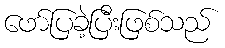
ဖော်ပြခဲ့ပြီးဖြစ်သည်